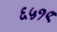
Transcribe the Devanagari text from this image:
६५१९